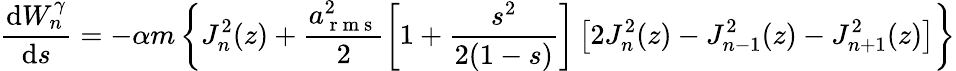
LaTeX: \frac{\mathrm{d}W_{n}^{\gamma}}{\mathrm{d}s}=-\alpha m\left\{ J_{n}^{2}(z)+\frac{a_{\mathrm{~r~m~s~}}^{2}}{2}\left[1+\frac{s^{2}}{2(1-s)}\right]\left[2J_{n}^{2}(z)-J_{n-1}^{2}(z)-J_{n+1}^{2}(z)\right]\right\}